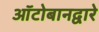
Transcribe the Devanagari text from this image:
ऑटोबानद्वारे